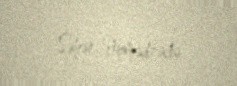
Səhər Əhmədzadə